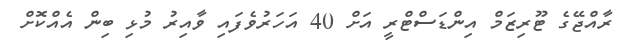
ރާއްޖޭގެ ޓޫރިޒަމް އިންޑަސްޓްރީ އަށް 40 އަހަރުވެފައި ވާއިރު މުޅި ބިން އެއްކޮށް